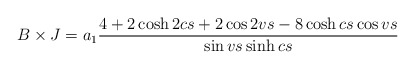
\begin{align*}B \times J =a_1\frac{4+2\cosh 2cs + 2\cos 2vs -8\cosh cs \cos vs}{\sin vs \sinh cs}\end{align*}